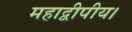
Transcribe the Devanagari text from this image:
महाद्वीपीय।